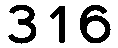
316